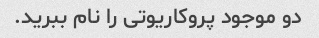
دو موجود پروکاریوتی را نام ببرید.